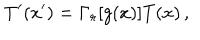
LaTeX: T ^ { \prime } ( x ^ { \prime } ) = \Gamma _ { r } [ g ( x ) ] T ( x ) \, ,